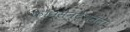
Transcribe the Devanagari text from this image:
कॉन्सेन्ट्रेशनला